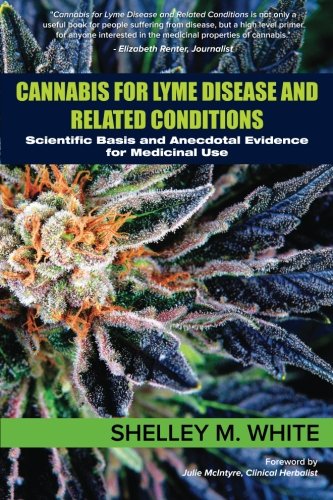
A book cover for Cannabis for Lyme Disease & Related Conditions: Scientific Basis and Anecdotal Evidence for Medicinal Use; Shelley M. White; Medical Books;